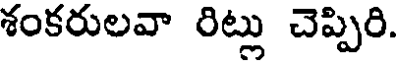
శంకరులవా రిట్లు చెప్పిరి.